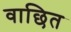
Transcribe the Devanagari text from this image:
वाछित